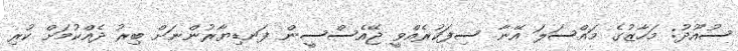
ސުއޫދު: މަހާޒުގެ މައްސަލަ އޭނާ ސިފަކުރެއްވީ ޖޭއެސްސީން ފަނޑިޔާރުންނަށް ބިރު ދެއްކުމަށް ކުރި